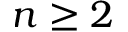
n \ge 2